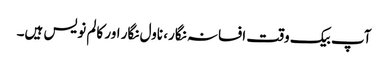
آپ بیک وقت افسانہ نگار، ناول نگار اور کالم نویس ہیں۔